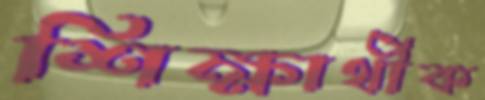
শিক্ষার্থীক